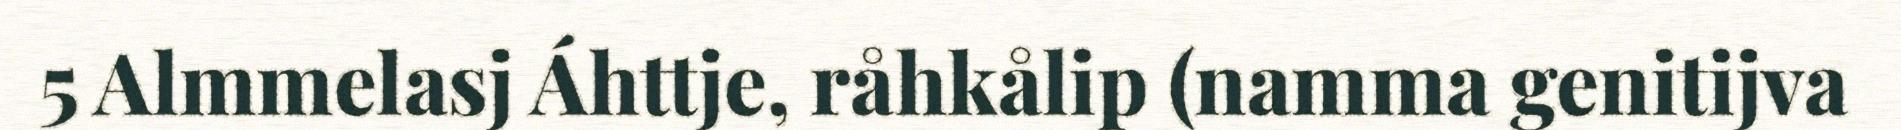
5 Almmelasj Áhttje, råhkålip (namma genitijva